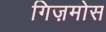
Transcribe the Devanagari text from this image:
गिज़मोस